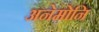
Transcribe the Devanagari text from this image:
अनेमोनि